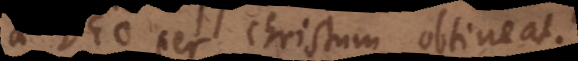
Deo per Christum obtineat.